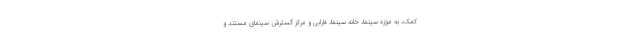
کمک، به موزه سینما، خانه سینما، فارابی و مرکز گسترش سینمای مستند و